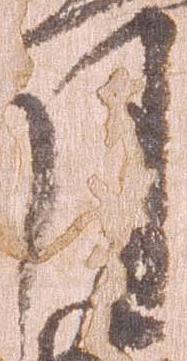
月